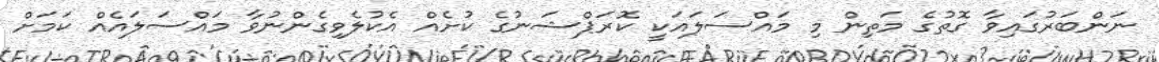
ނަންބަރުގައިވާ ގޮތުގެ މަތިން މި މައްސަލައަކީ ކޮރަޕްޝަނުގެ ކުށެއް އެކުލެވިގެންނުވާ މައްސަލައެއް ކަމަށް